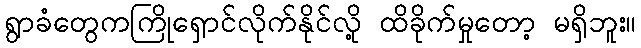
ရွာခံတွေကကြိုရှောင်လိုက်နိုင်လို့ ထိခိုက်မှုတော့ မရှိဘူး။